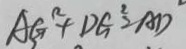
A G ^ { 2 } + D G ^ { 2 } = A D